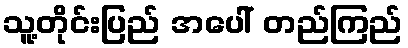
သူ့တိုင်းပြည် အပေါ် တည်ကြည်